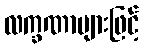
လက္ခဏာများဖြင့်